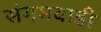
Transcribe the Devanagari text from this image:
संगमवाडी